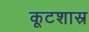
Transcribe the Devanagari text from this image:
कूटशास्र